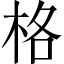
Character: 格